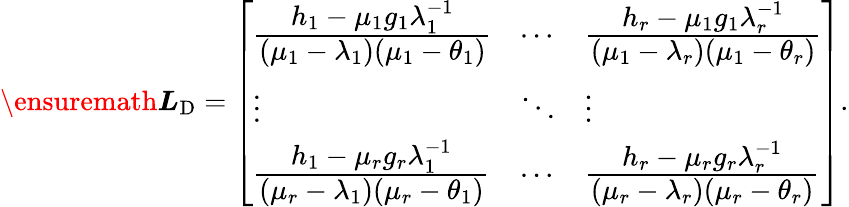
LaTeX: \ensuremath{\boldsymbol{L}}_{\mathrm{D}}=\left[\begin{array}{lll}{\frac{\displaystyle h_{1}-\mu_{1}g_{1}\lambda_{1}^{-1}}{\displaystyle(\mu_{1}-\lambda_{1})(\mu_{1}-\theta_{1})}}&{\cdots}&{\frac{\displaystyle h_{r}-\mu_{1}g_{1}\lambda_{r}^{-1}}{\displaystyle(\mu_{1}-\lambda_{r})(\mu_{1}-\theta_{r})}}\\ {\vdots}&{\ddots}&{\vdots}\\ {\frac{\displaystyle h_{1}-\mu_{r}g_{r}\lambda_{1}^{-1}}{\displaystyle(\mu_{r}-\lambda_{1})(\mu_{r}-\theta_{1})}}&{\cdots}&{\frac{\displaystyle h_{r}-\mu_{r}g_{r}\lambda_{r}^{-1}}{\displaystyle(\mu_{r}-\lambda_{r})(\mu_{r}-\theta_{r})}}\end{array}\right].